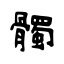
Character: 髑